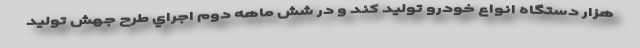
هزار دستگاه انواع خودرو توليد كند و در شش ماهه دوم اجراي طرح جهش تولید